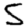
Digit: 5